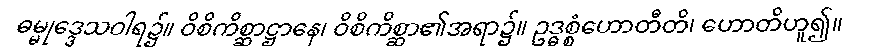
ဓမ္မုဒ္ဒေသဝါရ၌။ ဝိစိကိစ္ဆာဋ္ဌာနေ၊ ဝိစိကိစ္ဆာ၏အရာ၌။ ဥဒ္ဓစ္စံဟောတီတိ၊ ဟောတိဟူ၍။